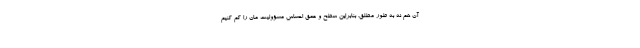
آن هم نه به طور مطلق. بنابراین سطح و عمق احساس مسؤولیت مان را کم کنیم